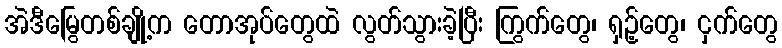
အဲဒီမြွေတစ်ချို့က တောအုပ်တွေထဲ လွတ်သွားခဲ့ပြီး ကြွက်တွေ၊ ရှဉ့်တွေ၊ ငှက်တွေ